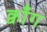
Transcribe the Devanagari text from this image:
क्वाँग